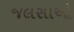
જલસાઓ